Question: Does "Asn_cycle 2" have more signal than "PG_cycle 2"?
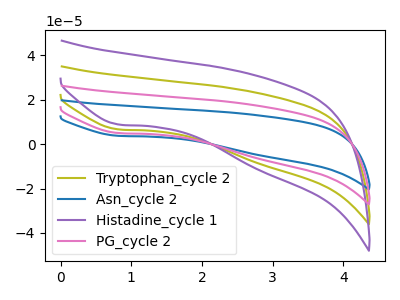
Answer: <think>The olive curve "Tryptophan_cycle 2" has a cathodic peak at: (0.80V, 10.00uA). The blue curve "Asn_cycle 2" has a cathodic peak at: (0.80V, 3.75uA). The purple curve "Histadine_cycle 1" has a cathodic peak at: (0.80V, 15.00uA). The pink curve "PG_cycle 2" has a cathodic peak at: (0.80V, 5.00uA).
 All the peaks in "Asn_cycle 2" have a peak in "PG_cycle 2" at the same potential. Every peak in "Asn_cycle 2" is higher than every peak in "PG_cycle 2".</think>
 <answer>"Asn_cycle 2" has more signal than "PG_cycle 2".</answer>
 <eval>more_signal</eval>